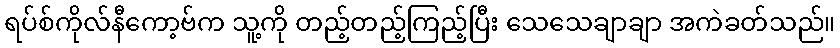
ရပ်စ်ကိုလ်နီကော့ဗ်က သူ့ကို တည့်တည့်ကြည့်ပြီး သေသေချာချာ အကဲခတ်သည်။